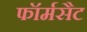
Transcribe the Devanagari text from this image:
फॉर्मसैट